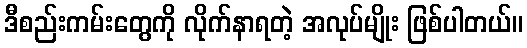
ဒီစည်းကမ်းတွေကို လိုက်နာရတဲ့ အလုပ်မျိုး ဖြစ်ပါတယ်။